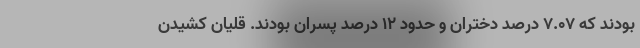
بودند که 7.07 درصد دختران و حدود 12 درصد پسران بودند. قلیان کشیدن